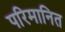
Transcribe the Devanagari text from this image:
परिमानित